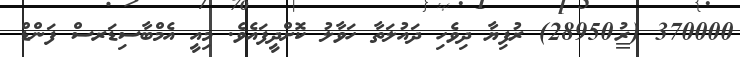
370000 (28950$) ރުފިޔާ ދިވެހި ދައުލަތާ ހަވާލު ކޮށްދީފައެވެ. މިއީ އެމްބާސިޑަރސް ފަންޑް